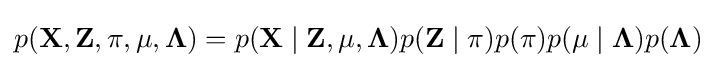
p(\mathbf {X} ,\mathbf {Z} ,\mathbf {\pi } ,\mathbf {\mu } ,\mathbf {\Lambda } )=p(\mathbf {X} \mid \mathbf {Z} ,\mathbf {\mu } ,\mathbf {\Lambda } )p(\mathbf {Z} \mid \mathbf {\pi } )p(\mathbf {\pi } )p(\mathbf {\mu } \mid \mathbf {\Lambda } )p(\mathbf {\Lambda } )